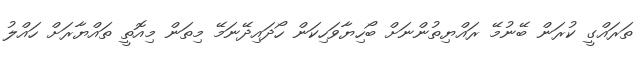
ތަރައްގީ ކުރަން ބޭނުމޭ ރައްޔިތުންނަށް ބޯހިޔާވަހިކަން ހޯދައިދޭނަމޭ މިތަން މިއޮތީ ތައްޔާރަށް ހައްލު